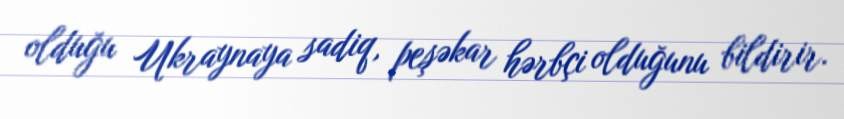
olduğu Ukraynaya sadiq, peşəkar hərbçi olduğunu bildirir.